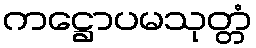
ကဋ္ဌောပမသုတ္တံ